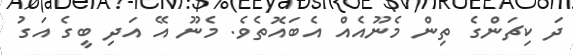
ދަ ކިޗަންގެ ތިން މެނޫއެއް އެބައޮތެވެ. މެނޫ އޭ އަދި ބީގެ އަގު